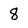
Character: 8